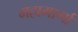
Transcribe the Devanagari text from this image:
महामार्गा